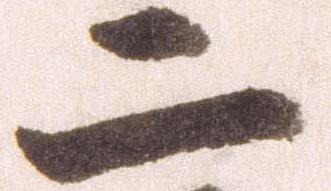
二